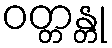
ဝတ္တန္တု